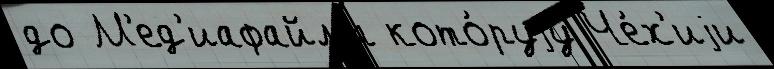
до М'ед'иафайлы кото́руjу Че́х'иjи